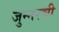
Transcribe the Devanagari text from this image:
जुन्‍नरची